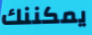
يمكننك